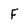
Character: f